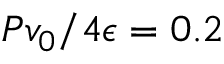
P v _ { 0 } / 4 \epsilon = 0 . 2